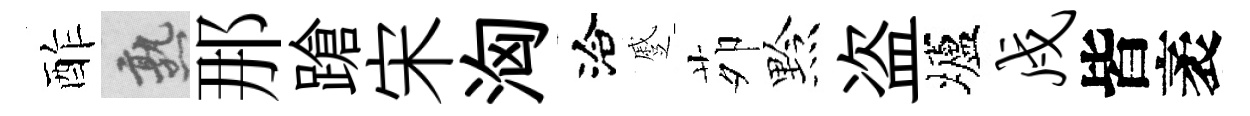
酢熟那蹌宋洶洽蹙茆黔盗壚戍皆袤